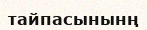
тайпасынынң